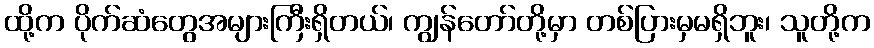
ထို့က ပိုက်ဆံတွေအများကြီးရှိတယ်၊ ကျွန်တော်တို့မှာ တစ်ပြားမှမရှိဘူး၊ သူတို့က